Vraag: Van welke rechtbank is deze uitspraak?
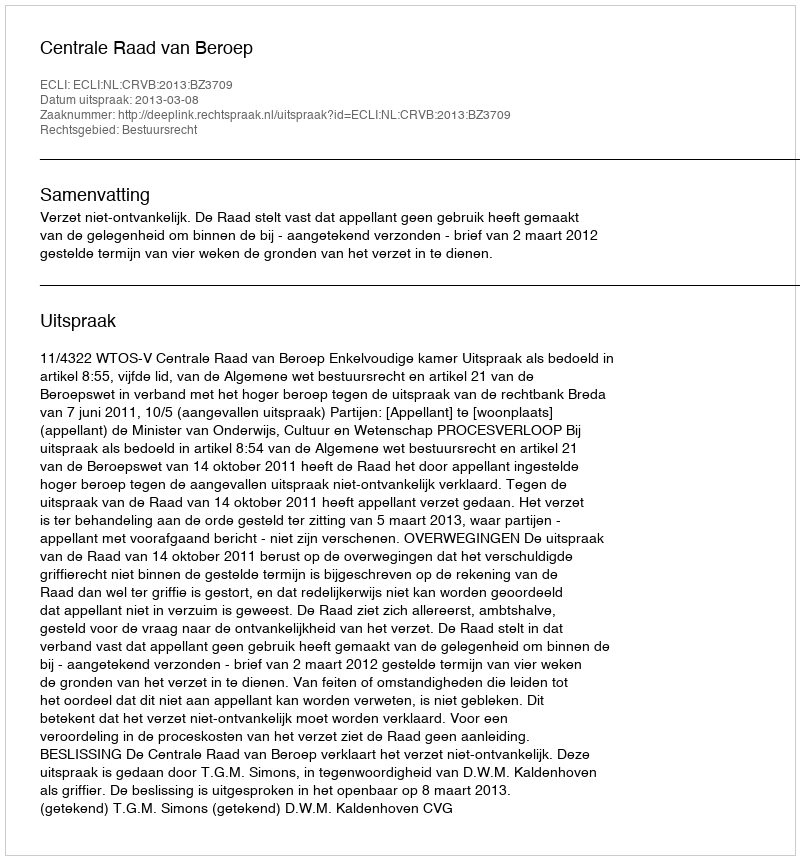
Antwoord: Centrale Raad van Beroep